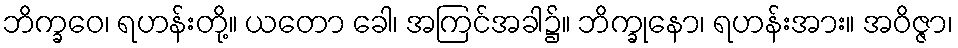
ဘိက္ခဝေ၊ ရဟန်းတို့။ ယတော ခေါ၊ အကြင်အခါ၌။ ဘိက္ခုနော၊ ရဟန်းအား။ အဝိဇ္ဇာ၊